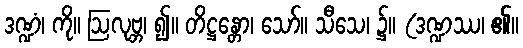
ဒဏ္ဍံ၊ ကို။ ဩလုဗ္ဘ၊ ၍။ တိဋ္ဌန္တော၊ သော်။ သီသေ၊ ၌။ (ဒဏ္ဍဿ၊ ၏။